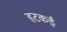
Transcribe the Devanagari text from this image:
हटकई